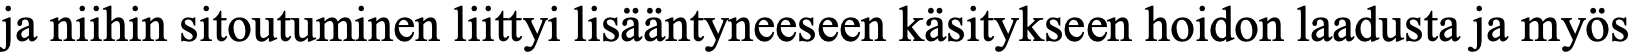
ja niihin sitoutuminen liittyi lisääntyneeseen käsitykseen hoidon laadusta ja myös